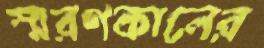
স্মরণকালের